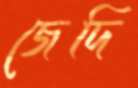
জেদি